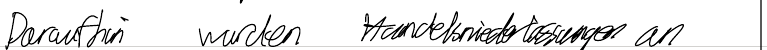
Daraufhin wurden Handelsniederlassungen an